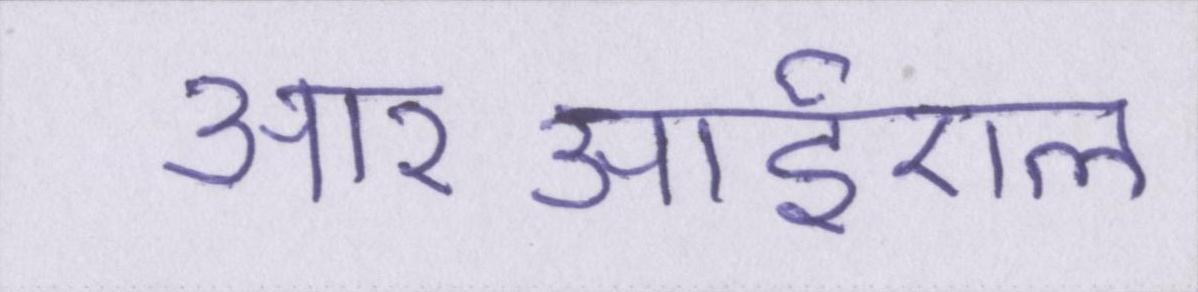
आरआईएल